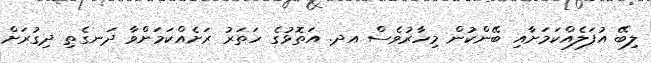
ލިބޭ އުފަލެއްކަމަށާއި ބޭންކުން މިހާރުވެސް އދ. އަތޮޅުގެ ހަތަރު ރަށެއްކަމަށްވާ ދަނގެތި ދިގުރަށް